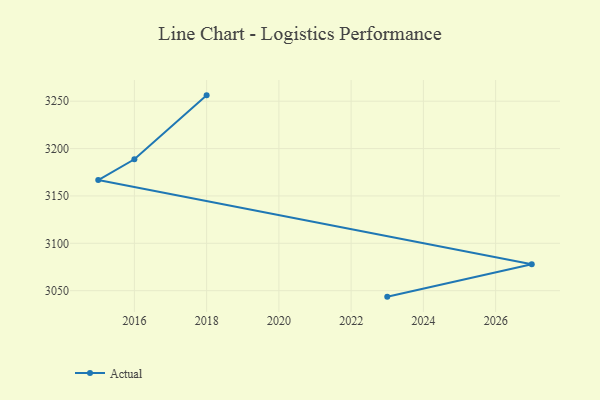
{"axis": {"x": "Year", "y": "Market Share (%)"}, "legend": ["Actual"], "data": [{"x": "2023", "y": 3043.7, "type": "Actual"}, {"x": "2027", "y": 3078.0, "type": "Actual"}, {"x": "2015", "y": 3166.8, "type": "Actual"}, {"x": "2016", "y": 3188.7, "type": "Actual"}, {"x": "2018", "y": 3256.2, "type": "Actual"}]}